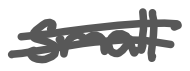
Text: small
Cross-out: double-line
Writing tool: digital_gray